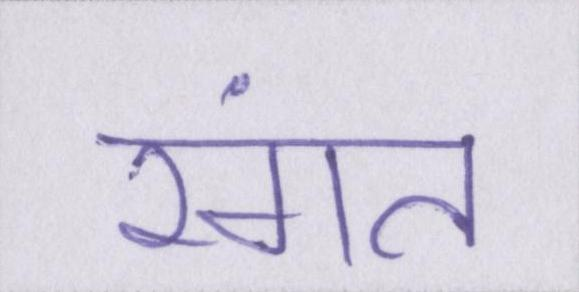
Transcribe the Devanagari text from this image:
रंगत